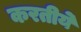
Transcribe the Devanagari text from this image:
करतीये